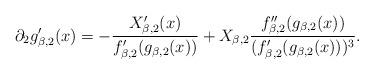
LaTeX: \begin{align*} \partial_2 g_{\beta, 2}'(x) = - \frac{ X'_{\beta, 2}(x)}{ f_{\beta,2}'(g_{\beta, 2} (x) ) } + X_{\beta, 2} \frac{ f_{\beta, 2}''(g_{\beta, 2}(x)) }{ (f_{\beta, 2}' ( g_{\beta, 2}(x) ) )^3 }. \end{align*}